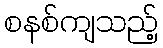
စနစ်ကျသည့်